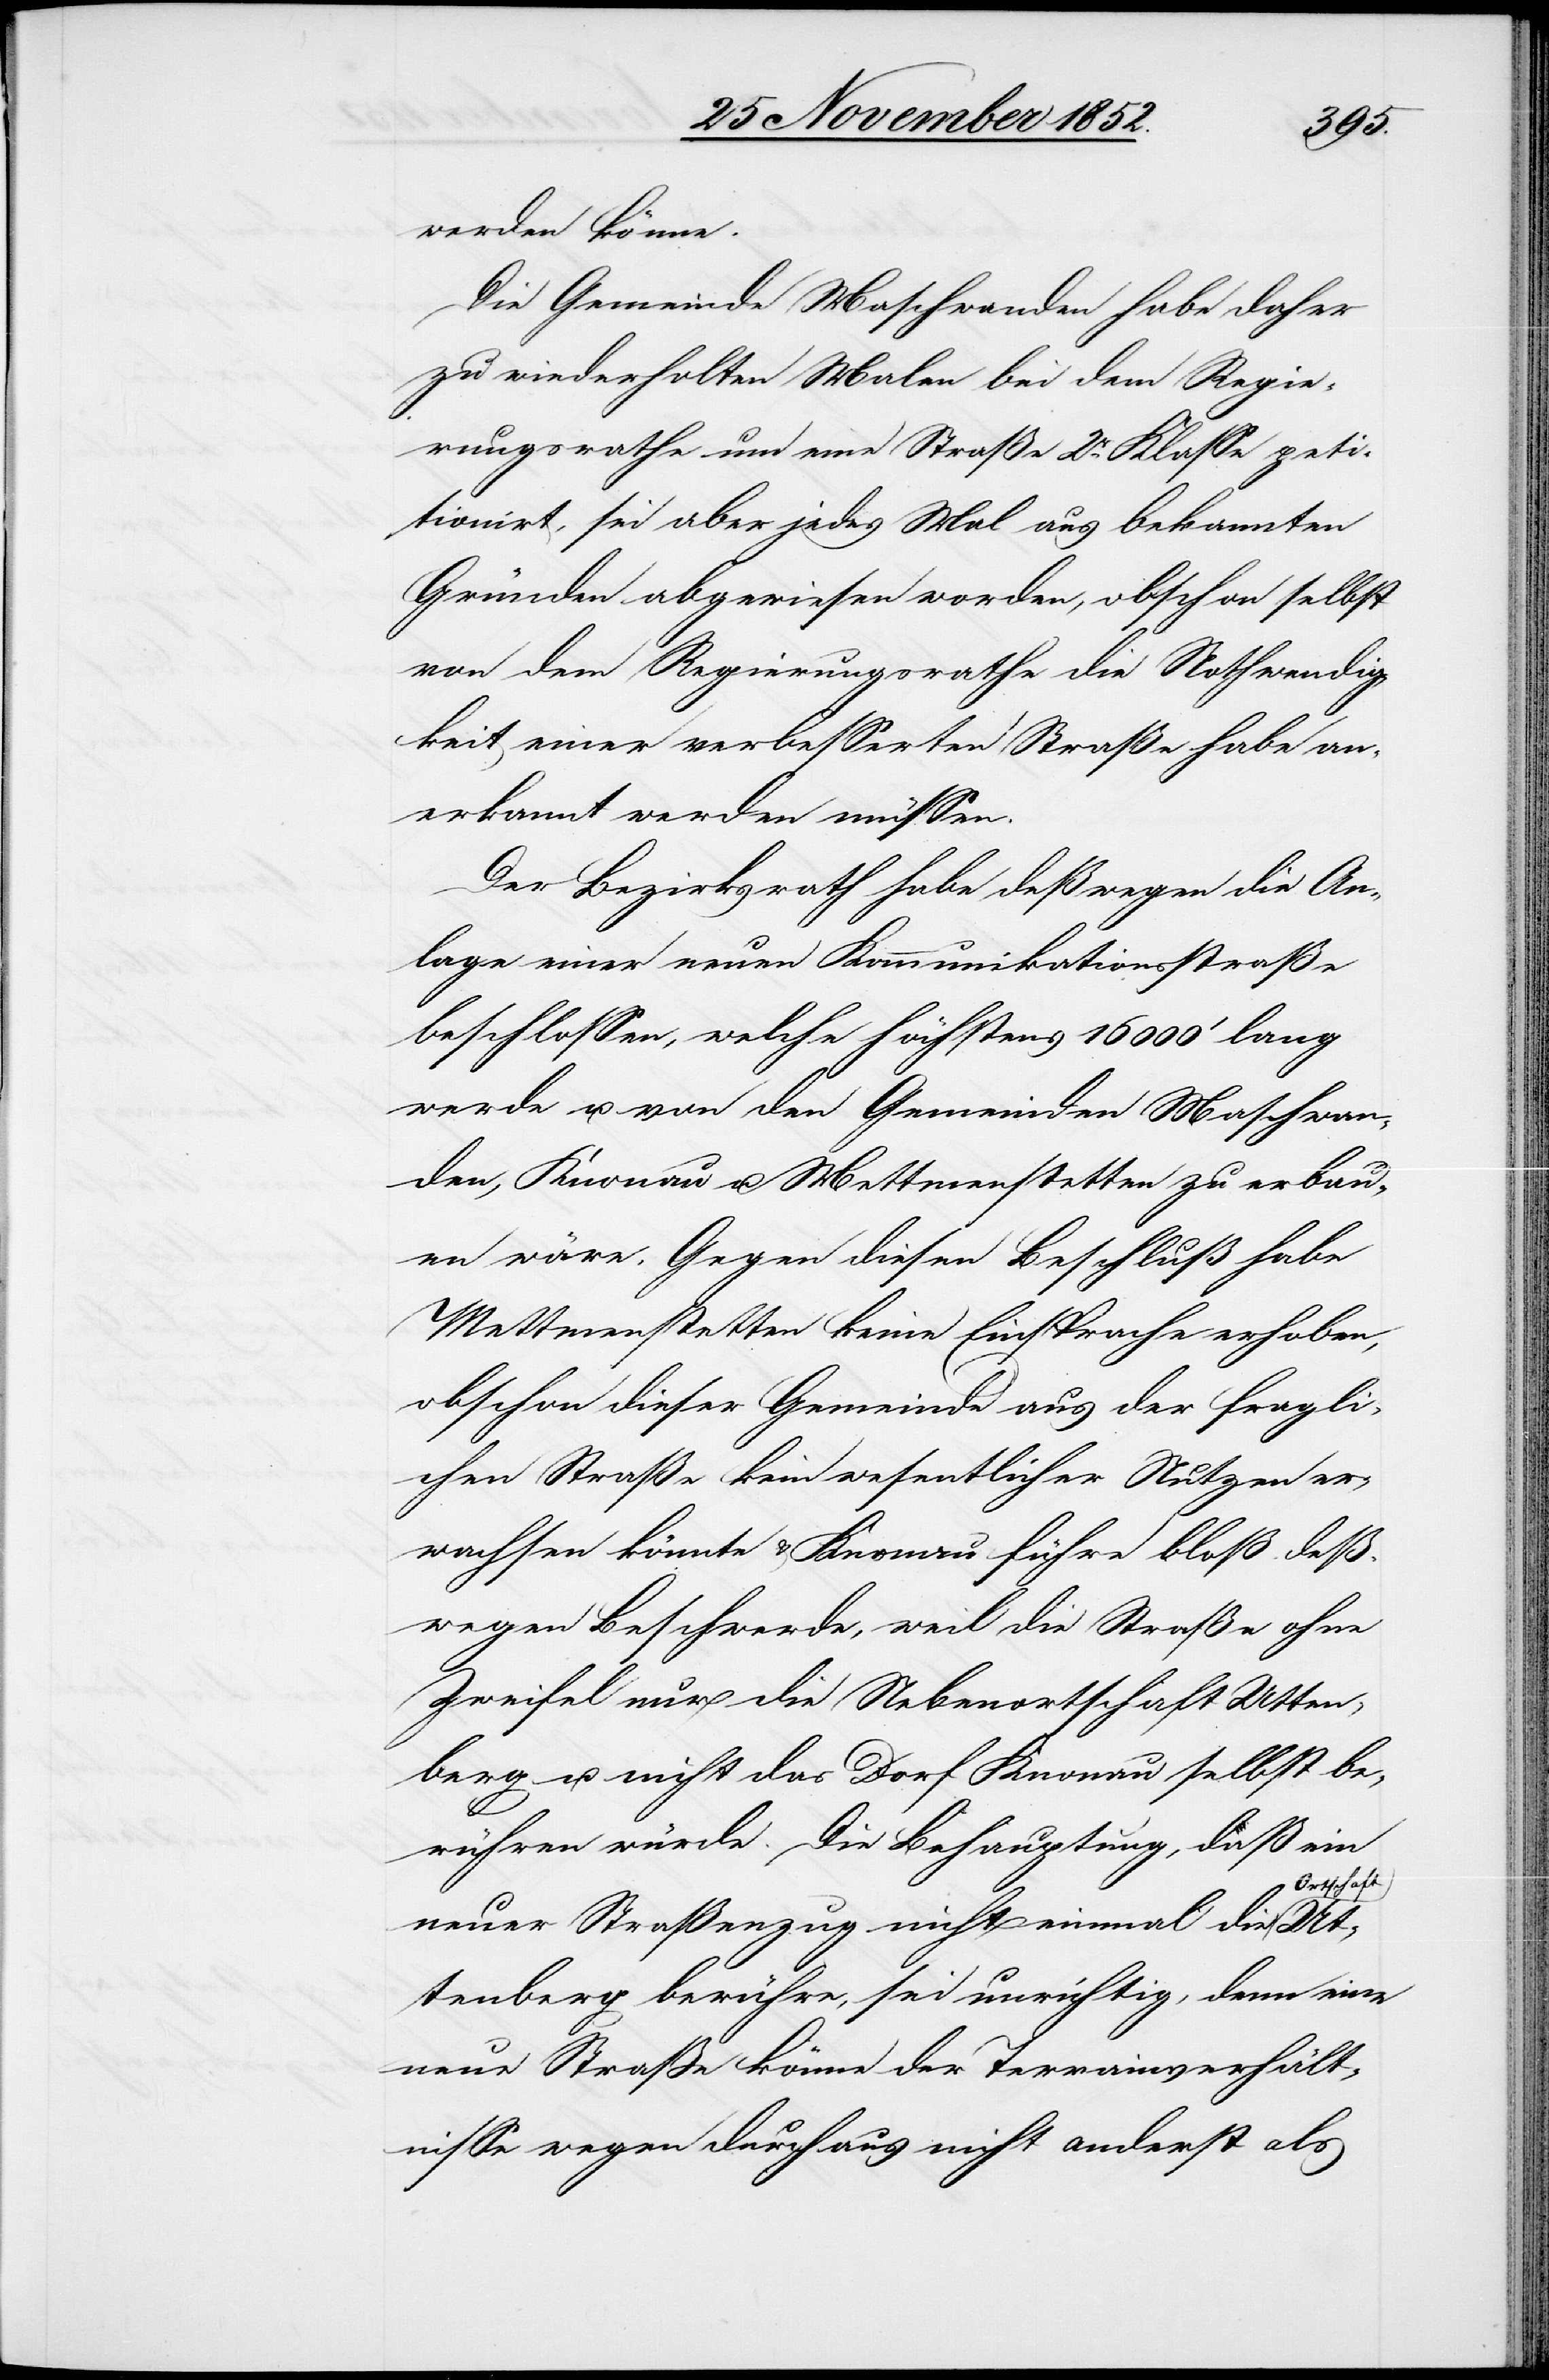
werden könne.
Die Gemeinde Maschwanden habe daher
zu wiederholten Malen bei dem Regie¬
rungsrathe um eine Straße 2r. Klasse peti¬
tionirt, sei aber jedes Mal aus bekannten
Gründen abgewiesen worden, obschon selbst
von dem Regierungsrathe die Nothwendig¬
keit einer verbesserten Straße habe an¬
erkannt werden müssen.
Der Bezirksrath habe deßwegen die An¬
lage einer neuen Kommunikationsstraße
beschlossen, welche höchstens 16 000‘ lang
werde u. von den Gemeinden Maschwan¬
den, Knonau u. Mettmenstetten zu erbau¬
en wäre. Gegen diesen Beschluß habe
Mettmenstetten keine Einsprache erhoben,
obschon dieser Gemeinde aus der fragli¬
chen Straße kein wesentlicher Nutzen er¬
wachsen könnte & Knonau führe bloß deß¬
wegen Beschwerde, weil die Straße ohne
Zweifel nur die Nebenortschaft Utten¬
berg u. nicht das Dorf Knonau selbst be¬
rühren würde. Die Behauptung, daß ein
Ortschaft
neuer Straßenzug nicht einmal die
Uttenberg berühre, sei unrichtig, denn eine
neue Straße könne der Terrainverhält¬
nisse wegen durchaus nicht anderst als